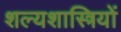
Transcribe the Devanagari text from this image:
शल्यशास्त्रियों